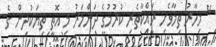
" މިހާރު ތިމާވެށި ރައްކާތެރި ކުރުމުގެ ދަންމަރު މި އޮތީ ތިޔަކުދިން ގެ